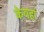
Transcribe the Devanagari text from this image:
केयहां